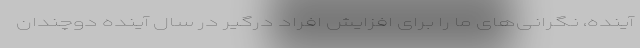
آینده، نگرانی‌های ما را برای افزایش افراد درگیر در سال آینده دوچندان